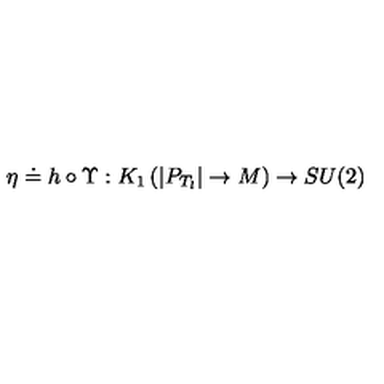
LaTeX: \eta \doteq h \circ \Upsilon : K _ { 1 } \left( | P _ { T _ { l } } | \rightarrow { M } \right) \rightarrow S U ( 2 )